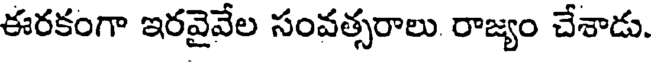
ఈరకంగా ఇరవైవేల సంవత్సరాలు రాజ్యం చేశాడు.